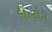
રીલોડ